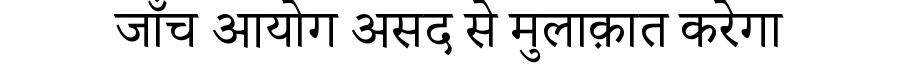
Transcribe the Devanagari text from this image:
जाँच आयोग असद से मुलाक़ात करेगा